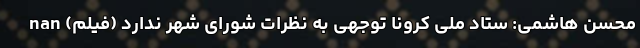
محسن هاشمی: ستاد ملی کرونا توجهی به نظرات شورای شهر ندارد (فیلم) nan